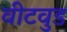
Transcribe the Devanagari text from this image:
वीटवुड